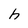
Character: h